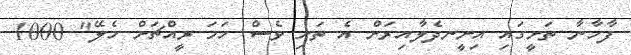
ފާހާނާ ތަށީގައި އިށީނދެލާއިރަށް އެ ތަށި ވެސް ހަމަ ރީއްޗަށް ހެލޭ" 1000